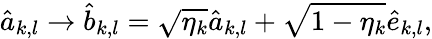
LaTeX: \hat{a}_{k,l}\rightarrow\hat{b}_{k,l}=\sqrt{\eta_{k}}\hat{a}_{k,l}+\sqrt{1-\eta_{k}}\hat{e}_{k,l},